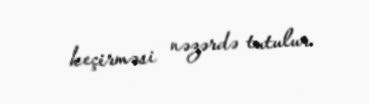
keçirməsi nəzərdə tutulur.